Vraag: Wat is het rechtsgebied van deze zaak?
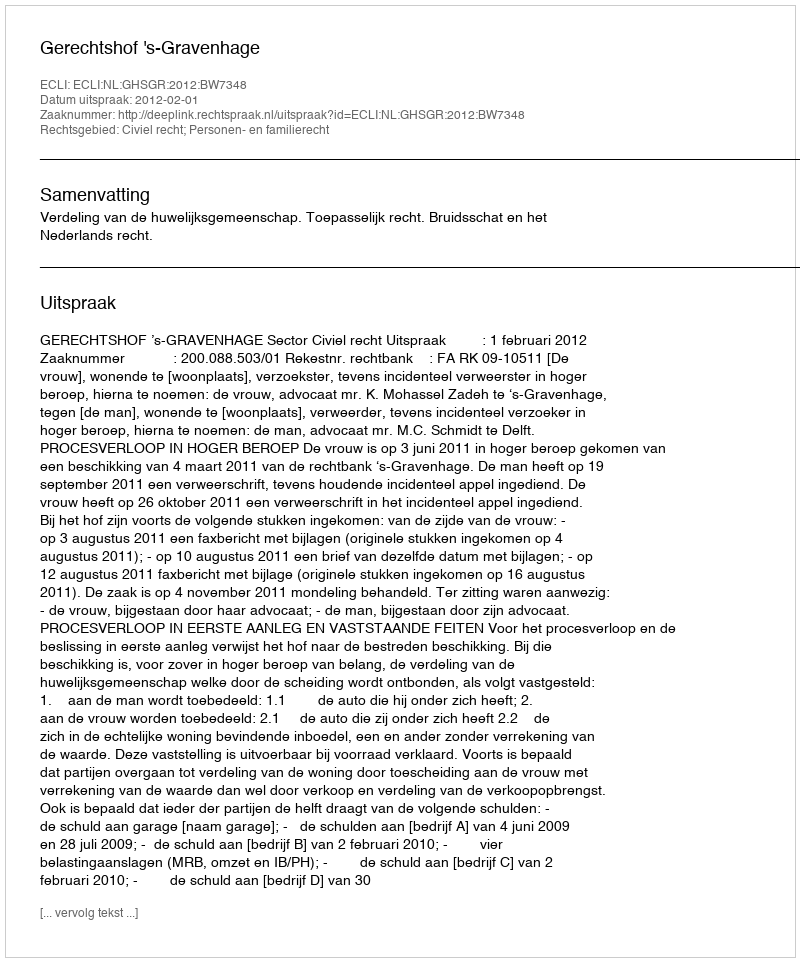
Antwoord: Civiel recht; Personen- en familierecht